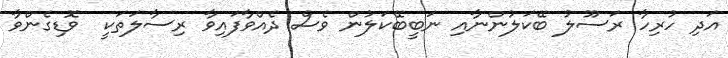
އަދި ހުރިހާ ރަސޫލު ބޭކަލުންނާއި ނަބީބޭކަލުން ވެސް ދެއްވާފައިވާ ރިސާލަތަކީ  ވޮޑިގެންވާ